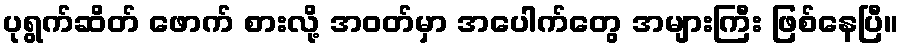
ပုရွက်ဆိတ် ဖောက် စားလို့ အဝတ်မှာ အပေါက်တွေ အများကြီး ဖြစ်နေပြီ။